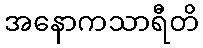
အနောကသာရီတိ